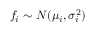
f _ { i } \sim { \cal N } ( \mu _ { i } , \sigma _ { i } ^ { 2 } )